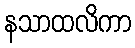
နသာထလိကာ